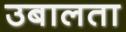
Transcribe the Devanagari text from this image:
उबालता